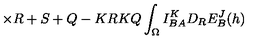
\times { \binom { R + S + Q - K } { R } } { \binom { K } { Q } } \int _ { \Omega } I _ { B A } ^ { K } D _ { R } E _ { B } ^ { J } ( h )